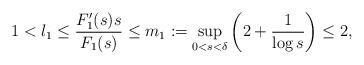
LaTeX: \begin{align*}1<l_1\leq\frac{F'_1(s)s}{F_1(s)}\leq m_1:=\sup_{0<s<\delta}\left(2+\frac{1}{\log s}\right)\leq 2,\end{align*}